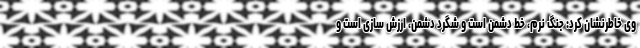
وی خاطرنشان کرد: جنگ نرم، خط دشمن است و شگرد دشمن، ارزش سازی است و